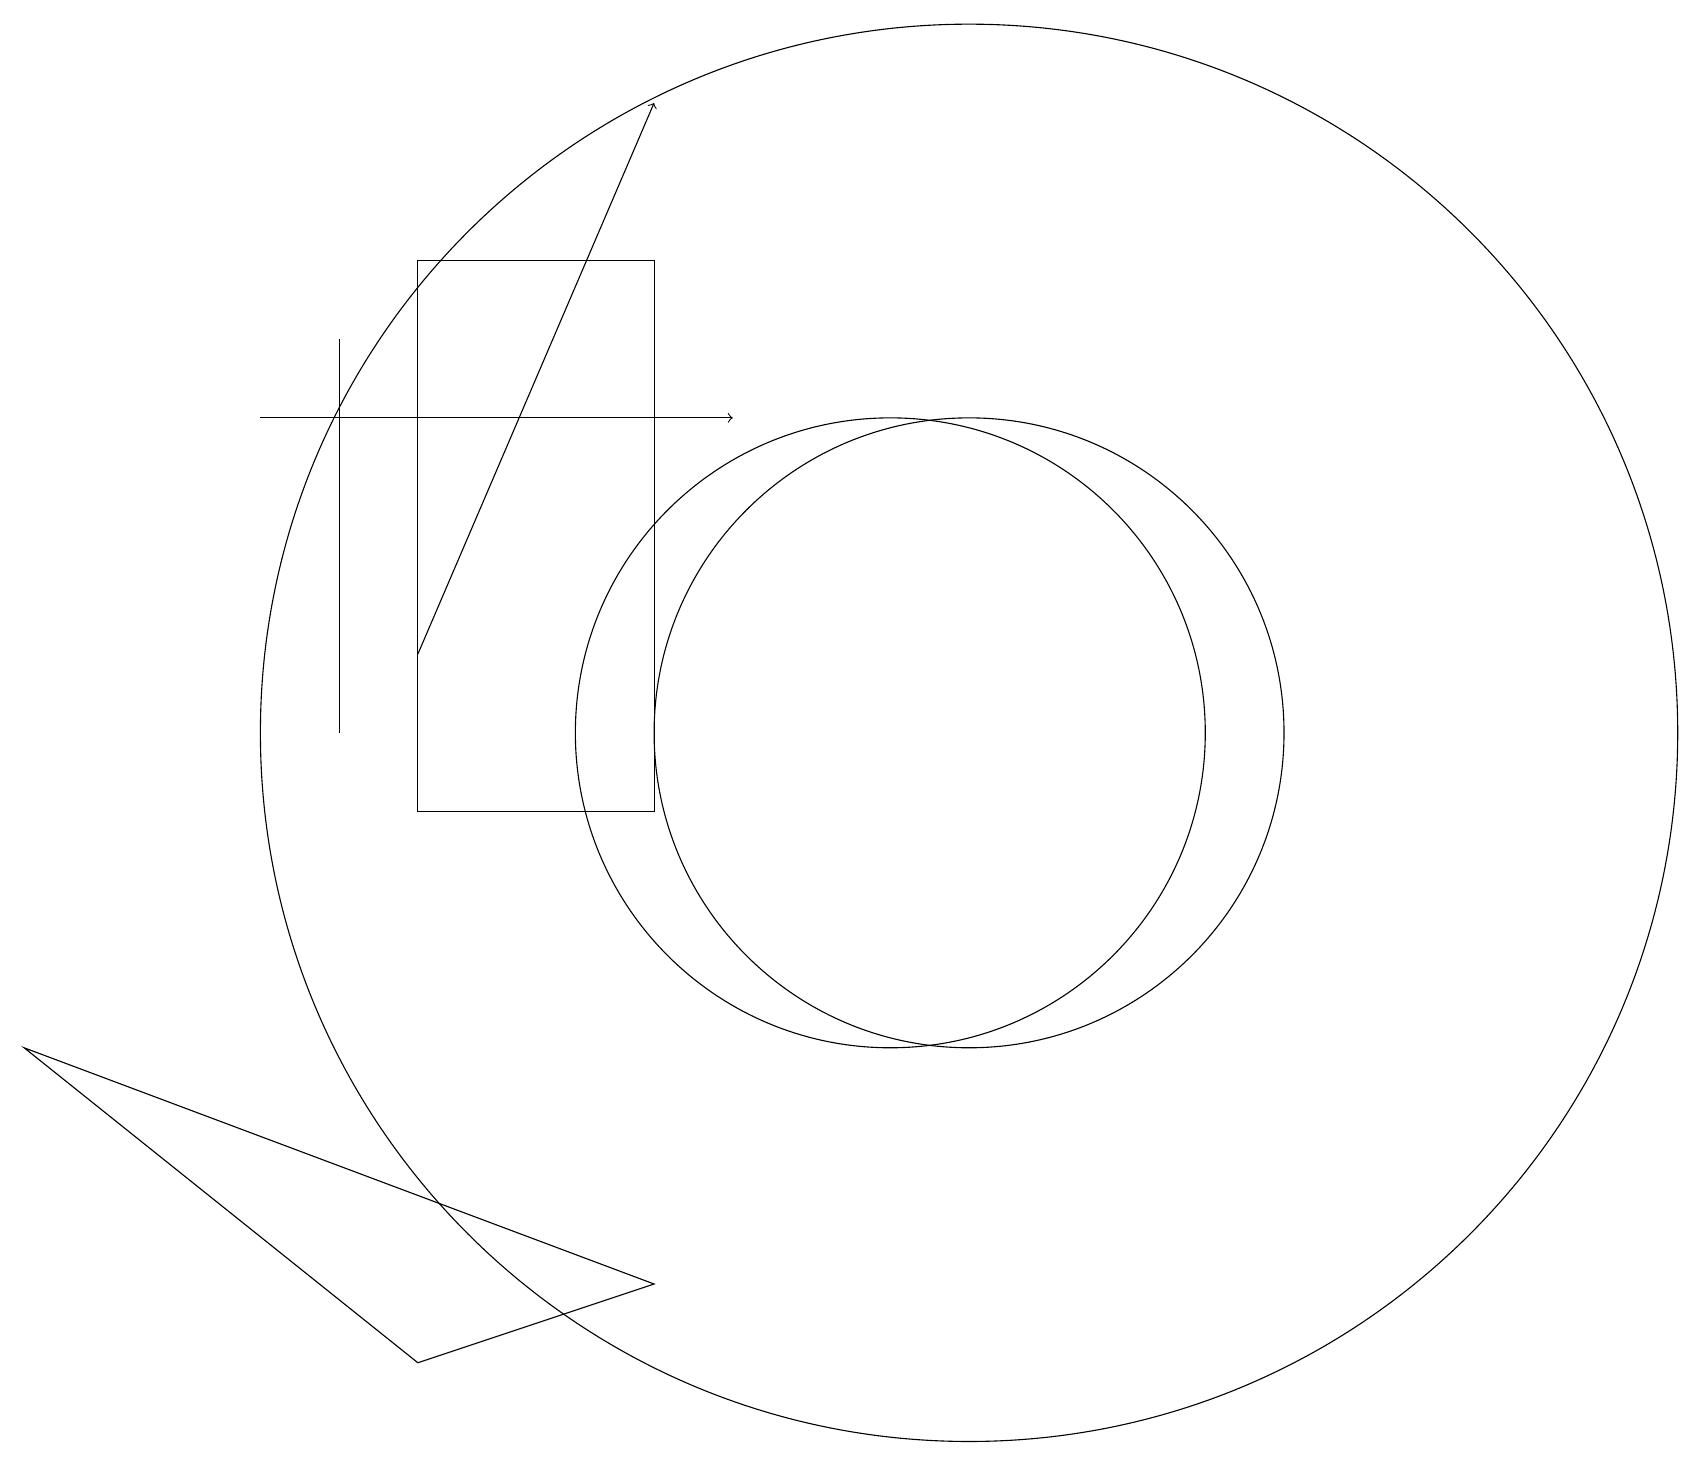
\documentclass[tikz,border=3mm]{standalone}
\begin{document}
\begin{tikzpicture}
\draw (4,16) rectangle (4,11);
\draw[->] (5,12) -- (8,19);
\draw (8,4) -- (5,3) -- (0,7) -- cycle;
\draw (11,11) circle (4);
\draw (5,17) rectangle (8,10);
\draw (12,11) circle (9);
\draw[->] (3,15) -- (9,15);
\draw (12,11) circle (4);
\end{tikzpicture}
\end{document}